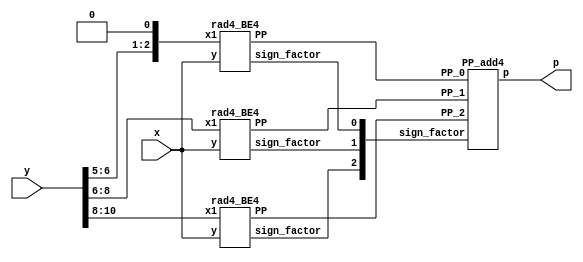

/*
  rad4_odd_trunc -> Approximate odd rad-4 multiplier with  the truncation of multiplicand's (Y) bits
                 -> truncated last 5 bites (N=32)

            Y10  Y9  Y8   Y8  Y7  Y6    Y6  Y5  0
                 |             |            |
            -----------    ----------    ----------
         X->| rad-4 BE| X->| rad-4 BE|   | rad-4 BE| <- X(31:0)
            -----------    -----------   -----------
                 |             |             |
                PP2(32:0)     PP1(32:0)     PP0(32:0)
                 |             |             |
                ---------------------------------
                -          Wallace tree         -
                ---------------------------------
                               |
                              <<1
                               |
                            P(31:0)

    BE -> Booth encode4r

*/
module rad4_odd_trunc1(
    input [31:0] x,
    input [10:0] y,
    output [31:0] p
    );

    wire [2:0] sign_factor;
    wire [32:0] PP_2;
    wire [32:0] PP_1;
    wire [32:0] PP_0;
    wire [2:0] tmp;

    assign tmp = {y[6:5],1'b0};


// Calculates PP_2 
    rad4_BE4 PP2_gen(
        .x1(y[10:8]),
        .y(x),
        .sign_factor(sign_factor[2]),
        .PP(PP_2)
        );
// Calculates PP_1
    rad4_BE4 PP1_gen(
        .x1(y[8:6]),
        .y(x),
        .sign_factor(sign_factor[1]),
        .PP(PP_1)
        );

// Calculates PP_1
    rad4_BE4 PP0_gen(
        .x1(tmp),
        .y(x),
        .sign_factor(sign_factor[0]),
        .PP(PP_0)
        );

// Partial product4 addition 

    PP_add4 Final(
        .sign_factor(sign_factor),
        .PP_2(PP_2),
        .PP_1(PP_1),
        .PP_0(PP_0),
        .p(p)
        );
        
endmodule



module rad4_BE4(
    input [2:0] x1,
    input [31:0] y,
    output sign_factor,
    output [32:0] PP
    );
    
    // encode4 
    wire one, two, sign;
    
    code4 encode4_block(
        .one(one),
        .two(two),
        .sign(sign),
        .y2(x1[2]),
        .y1(x1[1]),
        .y0(x1[0])
        );
        
    // generation of PP
    wire [32:0] tmp1_pp; 
    assign tmp1_pp = {y[31],y}; // This variable is introduced because pp has 33 bits
    
    wire [33:0] out1;
    assign out1[0] = sign;
    
    genvar i;
    generate
        for ( i = 0; i < 33; i = i+1 )
            begin : pp_rad4_first 
            product4 pp_pr(tmp1_pp[i],out1[i],one,two,sign,PP[i],out1[i+1]);
            end
    endgenerate
    
    //sign factor generate
    sgn_gen4 sign_gen(one,two,sign,sign_factor);


endmodule

module code4(one,two,sign,y2,y1,y0);  
	input y2,y1,y0;                     
	output one,two,sign;                
	wire [1:0]k;                        
	xor x1(one,y0,y1);                  
	xor x2(k[1],y2,y1);                 
	not n1(k[0],one);                   
	and a1(two,k[0],k[1]);              
	assign sign=y2;                     
endmodule   

module product4(x1,x0,one,two,sign,p,i);
	input x1,x0,sign,one,two;
	output p,i;
	wire [1:0] k;
	xor xo1(i,x1,sign);
	and a1(k[1],i,one);
	and a0(k[0],x0,two);
	or o1(p,k[1],k[0]);
endmodule

module sgn_gen4(one,two,sign,sign_factor);
    input sign,one,two;
    output sign_factor;
    wire k;
    or o1(k,one,two);
    and a1(sign_factor,sign,k);
endmodule

module PP_add4(
    input [2:0] sign_factor,
    input [32:0] PP_2,
    input [32:0] PP_1,
    input [32:0] PP_0,
    output [31:0] p
    );
    
    
    // First  reduction
    wire [34:0] sum00_FA;
    wire [34:0] carry00_FA;
  

    wire [34:0] tmp001_FA;
    wire [34:0] tmp002_FA;
    wire [34:0] tmp003_FA;

    assign tmp001_FA = {{5{PP_0[32]}},PP_0[32:4],PP_0[2]};
    assign tmp002_FA = {{3{PP_1[32]}},PP_1[32:2],PP_1[0]};
    assign tmp003_FA = {PP_2[32],PP_2,sign_factor[1]};

    genvar i001;
    generate
        for (i001 = 0; i001 < 35; i001 = i001 + 1)
            begin : pp_FAd400
            FAd4 pp_FAd4(tmp001_FA[i001],tmp002_FA[i001], tmp003_FA[i001], carry00_FA[i001],sum00_FA[i001]);
            end
    endgenerate

    wire sum00_HA;
    wire carry00_HA;

    HAd4 pp_HAd400(PP_0[3],PP_1[1],carry00_HA,sum00_HA);

    // Second generation
    wire sum10_FA;
    wire carry10_FA;


    FAd4 pp_FAd410(sum00_FA[1],carry00_HA,sign_factor[2],carry10_FA,sum10_FA);

    wire [32:0] sum10_HA;
    wire [32:0] carry10_HA;
    
    wire [32:0] tmp011_HA;
    wire [32:0] tmp012_HA;

    assign tmp011_HA = {sum00_FA[34:2]};
    assign tmp012_HA = {carry00_FA[33:1]};

    genvar i002;
    generate
        for (i002 = 0; i002 < 33; i002 = i002 + 1)
            begin : pp_HAd410
            HAd4 pp_FAd4(tmp011_HA[i002],tmp012_HA[i002], carry10_HA[i002],sum10_HA[i002]);
            end
    endgenerate


    wire [42:0] tmp_sum;
    wire [42:0] tmp_add1;
    wire [42:0] tmp_add2;

    assign tmp_add1 = {sum10_HA,sum10_FA,sum00_HA,sum00_FA[0],PP_0[1:0],5'b0};
    assign tmp_add2 = {carry10_HA[31:0],carry10_FA,1'b0,carry00_FA[0],2'b0,sign_factor[0],5'b0}; 

    assign tmp_sum = tmp_add1 + tmp_add2;
    assign p = {tmp_sum[41:10]};


endmodule


module FAd4(a,b,c,cy,sm);
	input a,b,c;
	output cy,sm;
	wire x,y,z;
	xor x1(x,a,b);
	xor x2(sm,x,c);
	and a1(y,a,b);
	and a2(z,x,c);
	or o1(cy,y,z);
endmodule 

module HAd4(a,b,cy,sm);
	input a,b;
	output cy,sm;
	xor x1(sm,a,b);
	and a1(cy,a,b);
endmodule